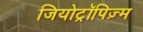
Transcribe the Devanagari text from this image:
जियोट्रॉपिज़्म